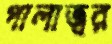
পালাজ্বর